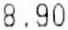
8.90